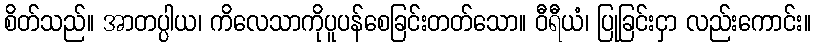
စိတ်သည်။ အာတပ္ပါယ၊ ကိလေသာကိုပူပန်စေခြင်းတတ်သော။ ဝီရီယံ၊ ပြုခြင်းငှာ လည်းကောင်း။